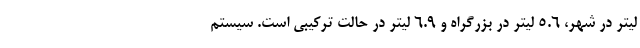
لیتر در شهر، 5.6 لیتر در بزرگراه و 6.9 لیتر در حالت ترکیبی است. سیستم